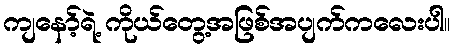
ကျနော့်ရဲ့ ကိုယ်တွေ့အဖြစ်အပျက်ကလေးပါ။